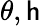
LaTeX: \theta,\mathsf{h}